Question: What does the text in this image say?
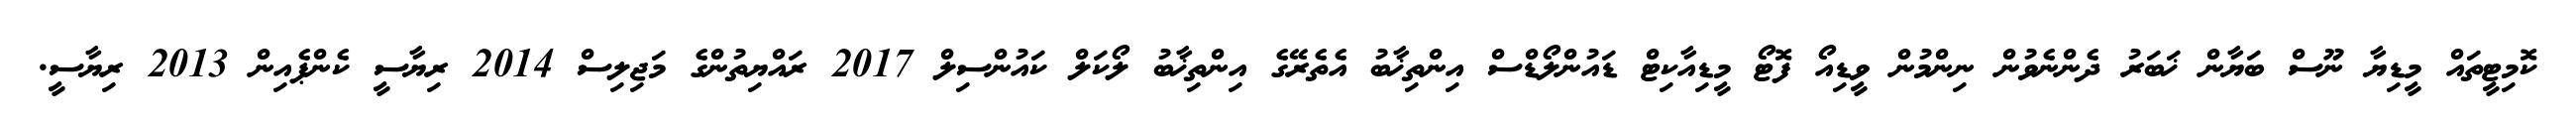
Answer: ކޮމިޓީތައް މީޑިޔާ ނޫސް ބަޔާން ޚަބަރު ދެންނެވުން ނިންމުން ވީޑިއޯ ފޮޓޯ މީޑިއާކިޓް ޑައުންލޯޑްސް އިންތިޚާބު އެތެރޭގެ އިންތިޚާބު ލޯކަލް ކައުންސިލް 2017 ރައްޔިތުންގެ މަޖިލިސް 2014 ރިޔާސީ ކެންޕެއިން 2013 ރިޔާސީ.